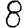
Digit: 8